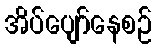
အိပ်ပျော်နေစဉ်